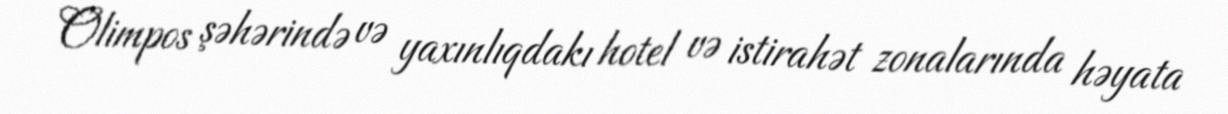
Olimpos şəhərində və yaxınlıqdakı hotel və istirahət zonalarında həyata